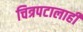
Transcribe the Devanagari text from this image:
चित्रपटालाही